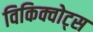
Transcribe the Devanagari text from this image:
विकिक्वोट्स